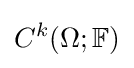
C^{k}(\Omega ;\mathbb {F} )